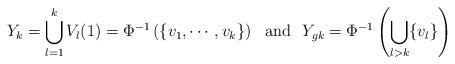
LaTeX: \begin{align*}Y_{k}=\bigcup_{l=1}^k V_l(1) = \Phi^{-1}\left(\{v_1,\cdots,v_k\}\right)\, \, \mbox{ and }\, \, Y_{gk}= \Phi^{-1}\left(\bigcup_{l>k}\{v_l\}\right)\end{align*}